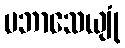
ပဘာသေယျုံ